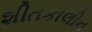
શીતકાલીન